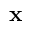
\bf { x }